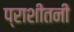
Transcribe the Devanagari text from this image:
प्राशीतनी